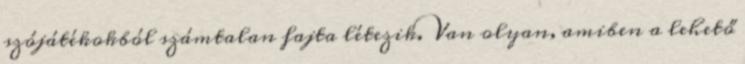
szójátékokból számtalan fajta létezik. Van olyan, amiben a lehető